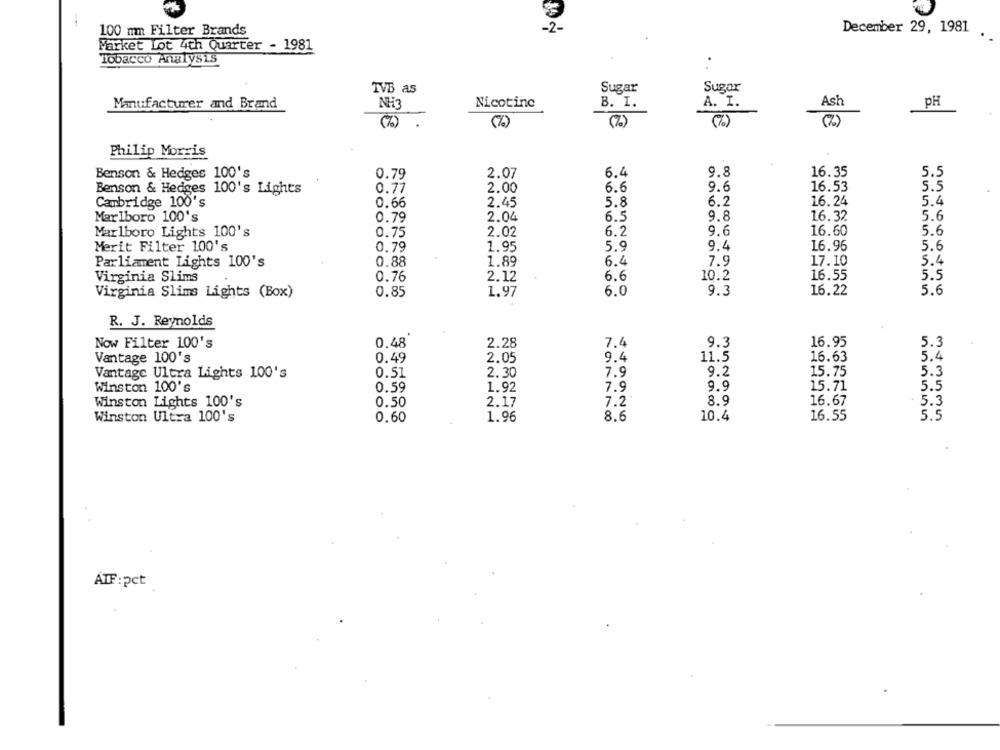
December 29, 1981
100 mm Filter Brands
Market Lot 4th Quarter - 1981
Tobacco Analysis
..
TVB as
Sugar
Sugar
Manufacturer and Brand
NH3
Nicotine
B. I.
A. I.
Ash
pH
(%)
(%)
(%)
Philip Morris
9.8
16.35
5.5
Benson & Hedges 100's
0.79
2.07
6.4
16.53
5.5
Benson & Hedges 100's Lights
0.77
2.00
6.6
9.6
2.45
6.2
16.24
5.4
Cambridge 100's
0.66
5.8
Marlboro 100's
0.79
2.04
6.5
9.8
16.32
5.6
Marlboro Lights 100's
0.75
2.02
6.2
9.6
16.60
5.6
Merit Filter 100's
0.79
1.95
5.9
9.4
16.96
5.6
Parliament Lights 100's
0.88
1.89
6.4
7.9
17.10
5.4
0.76
2.12
6.6
10.2
16.55
5.5
Virginia Slims
0.85
1.97
6.0
9.3
16.22
5.6
Virginia Slims Lights (Box)
R. J. Reynolds
Now Filter 100's
0.48
2.28
7.4
9.3
16.95
5.3
Vantage 100's
0.49
2.05
9.4
11.5
16.63
5.4
Vantage Ultra Lights 100's
0.51
2.30
7.9
9.2
15.75
5.3
Winston 100's
0.59
1.92
7.9
15.71
5.5
Winston Lights 100's
0.50
2.17
7.2
8.9
16.67
5.3
Winston Ultra 100's
0.60
1.96
8.6
10.4
16.55
5.5
ATF:pct